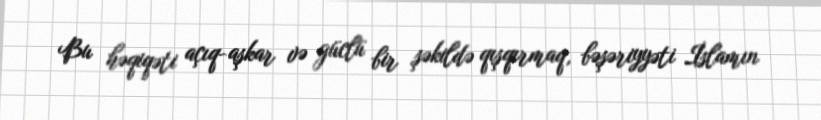
Bu həqiqəti açıq-aşkar və güclü bir şəkildə qışqırmaq, bəşəriyyəti İslamın